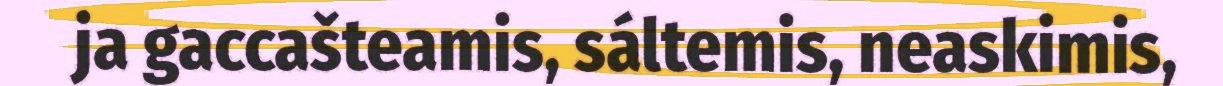
ja gaccašteamis, sáltemis, neaskimis,